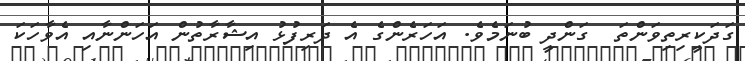
ގަދަކީރިތިވަންތަ  ގަންދީ ބުނަމެވެ. އަހަރެންގެ އެ ދަރިފުޅު އިޝާރާތުން އަހަންނާއި އެވާހަކަ